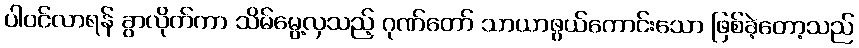
ပါဝင်လာရန် ခွာလိုက်ကာ သိမ်မွေ့လှသည့် ဂုဏ်တော် သာယာဖွယ်ကောင်းသော ဖြစ်ခဲ့တော့သည်